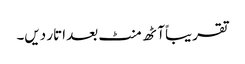
تقریباً آٹھ منٹ بعد اتار دیں۔